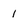
Character: 1